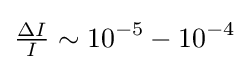
{\tfrac {\Delta I}{I}}\sim 10^{-5}-10^{-4}